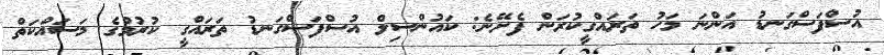
އުސްފަސްގަނޑު އަންނަ މަހު ތަރައްގީކުރަން ފެށޭނެ: ކައުންސިލް އުސްފަސްގަނޑު ތަރައްގީ ކުރުމުގެ މަސައްކަތް